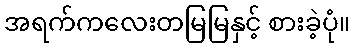
အရက်ကလေးတမြမြနှင့် စားခဲ့ပုံ။